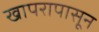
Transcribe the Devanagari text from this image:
खापरापासून